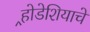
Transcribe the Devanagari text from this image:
र्‍होडेशियाचे